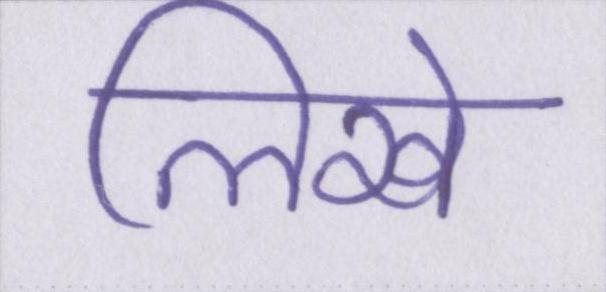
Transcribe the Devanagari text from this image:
लिखे